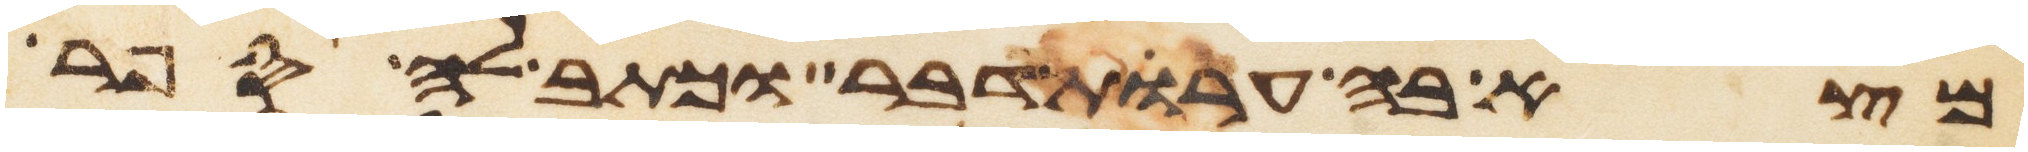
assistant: מצא בה ערות דבר וכתב לה ספר